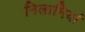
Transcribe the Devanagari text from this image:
निलामियां